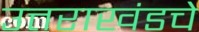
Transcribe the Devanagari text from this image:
उत्तराखंडचे